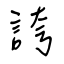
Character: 誇